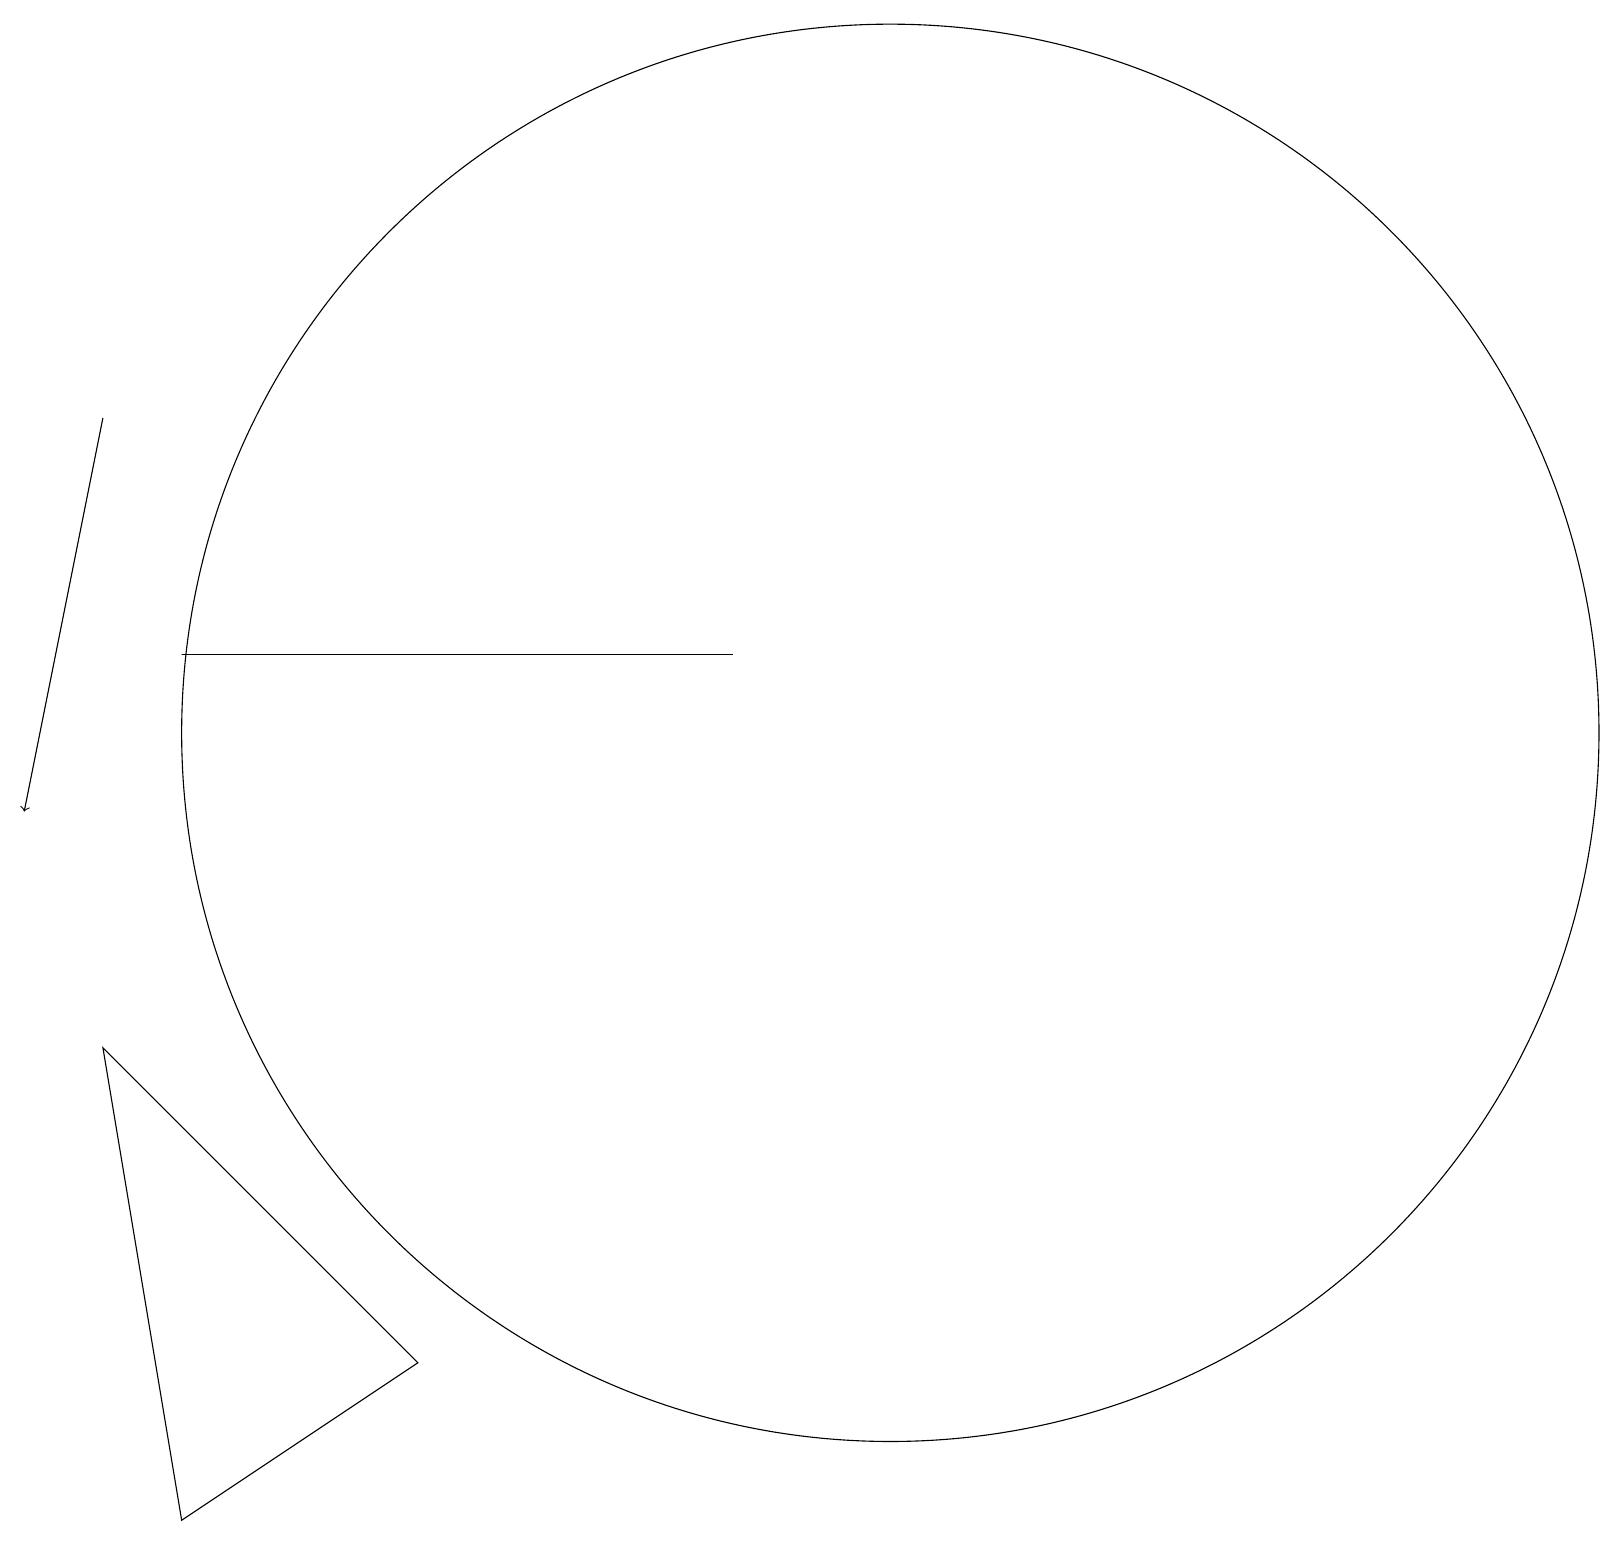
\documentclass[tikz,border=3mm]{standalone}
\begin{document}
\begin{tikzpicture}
\draw (2,1) -- (1,7) -- (5,3) -- cycle;
\draw[->] (1,15) -- (0,10);
\draw (9,12) rectangle (2,12);
\draw (11,11) circle (9);
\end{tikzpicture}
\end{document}